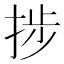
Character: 捗